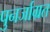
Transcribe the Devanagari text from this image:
पुनर्जाग्रत